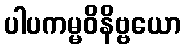
ပါပကမ္မဝိနိဗ္ဗယော